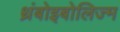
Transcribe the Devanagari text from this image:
थ्रंबोइबोलिज्म